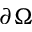
\partial \Omega